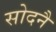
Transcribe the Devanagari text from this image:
सोदनै